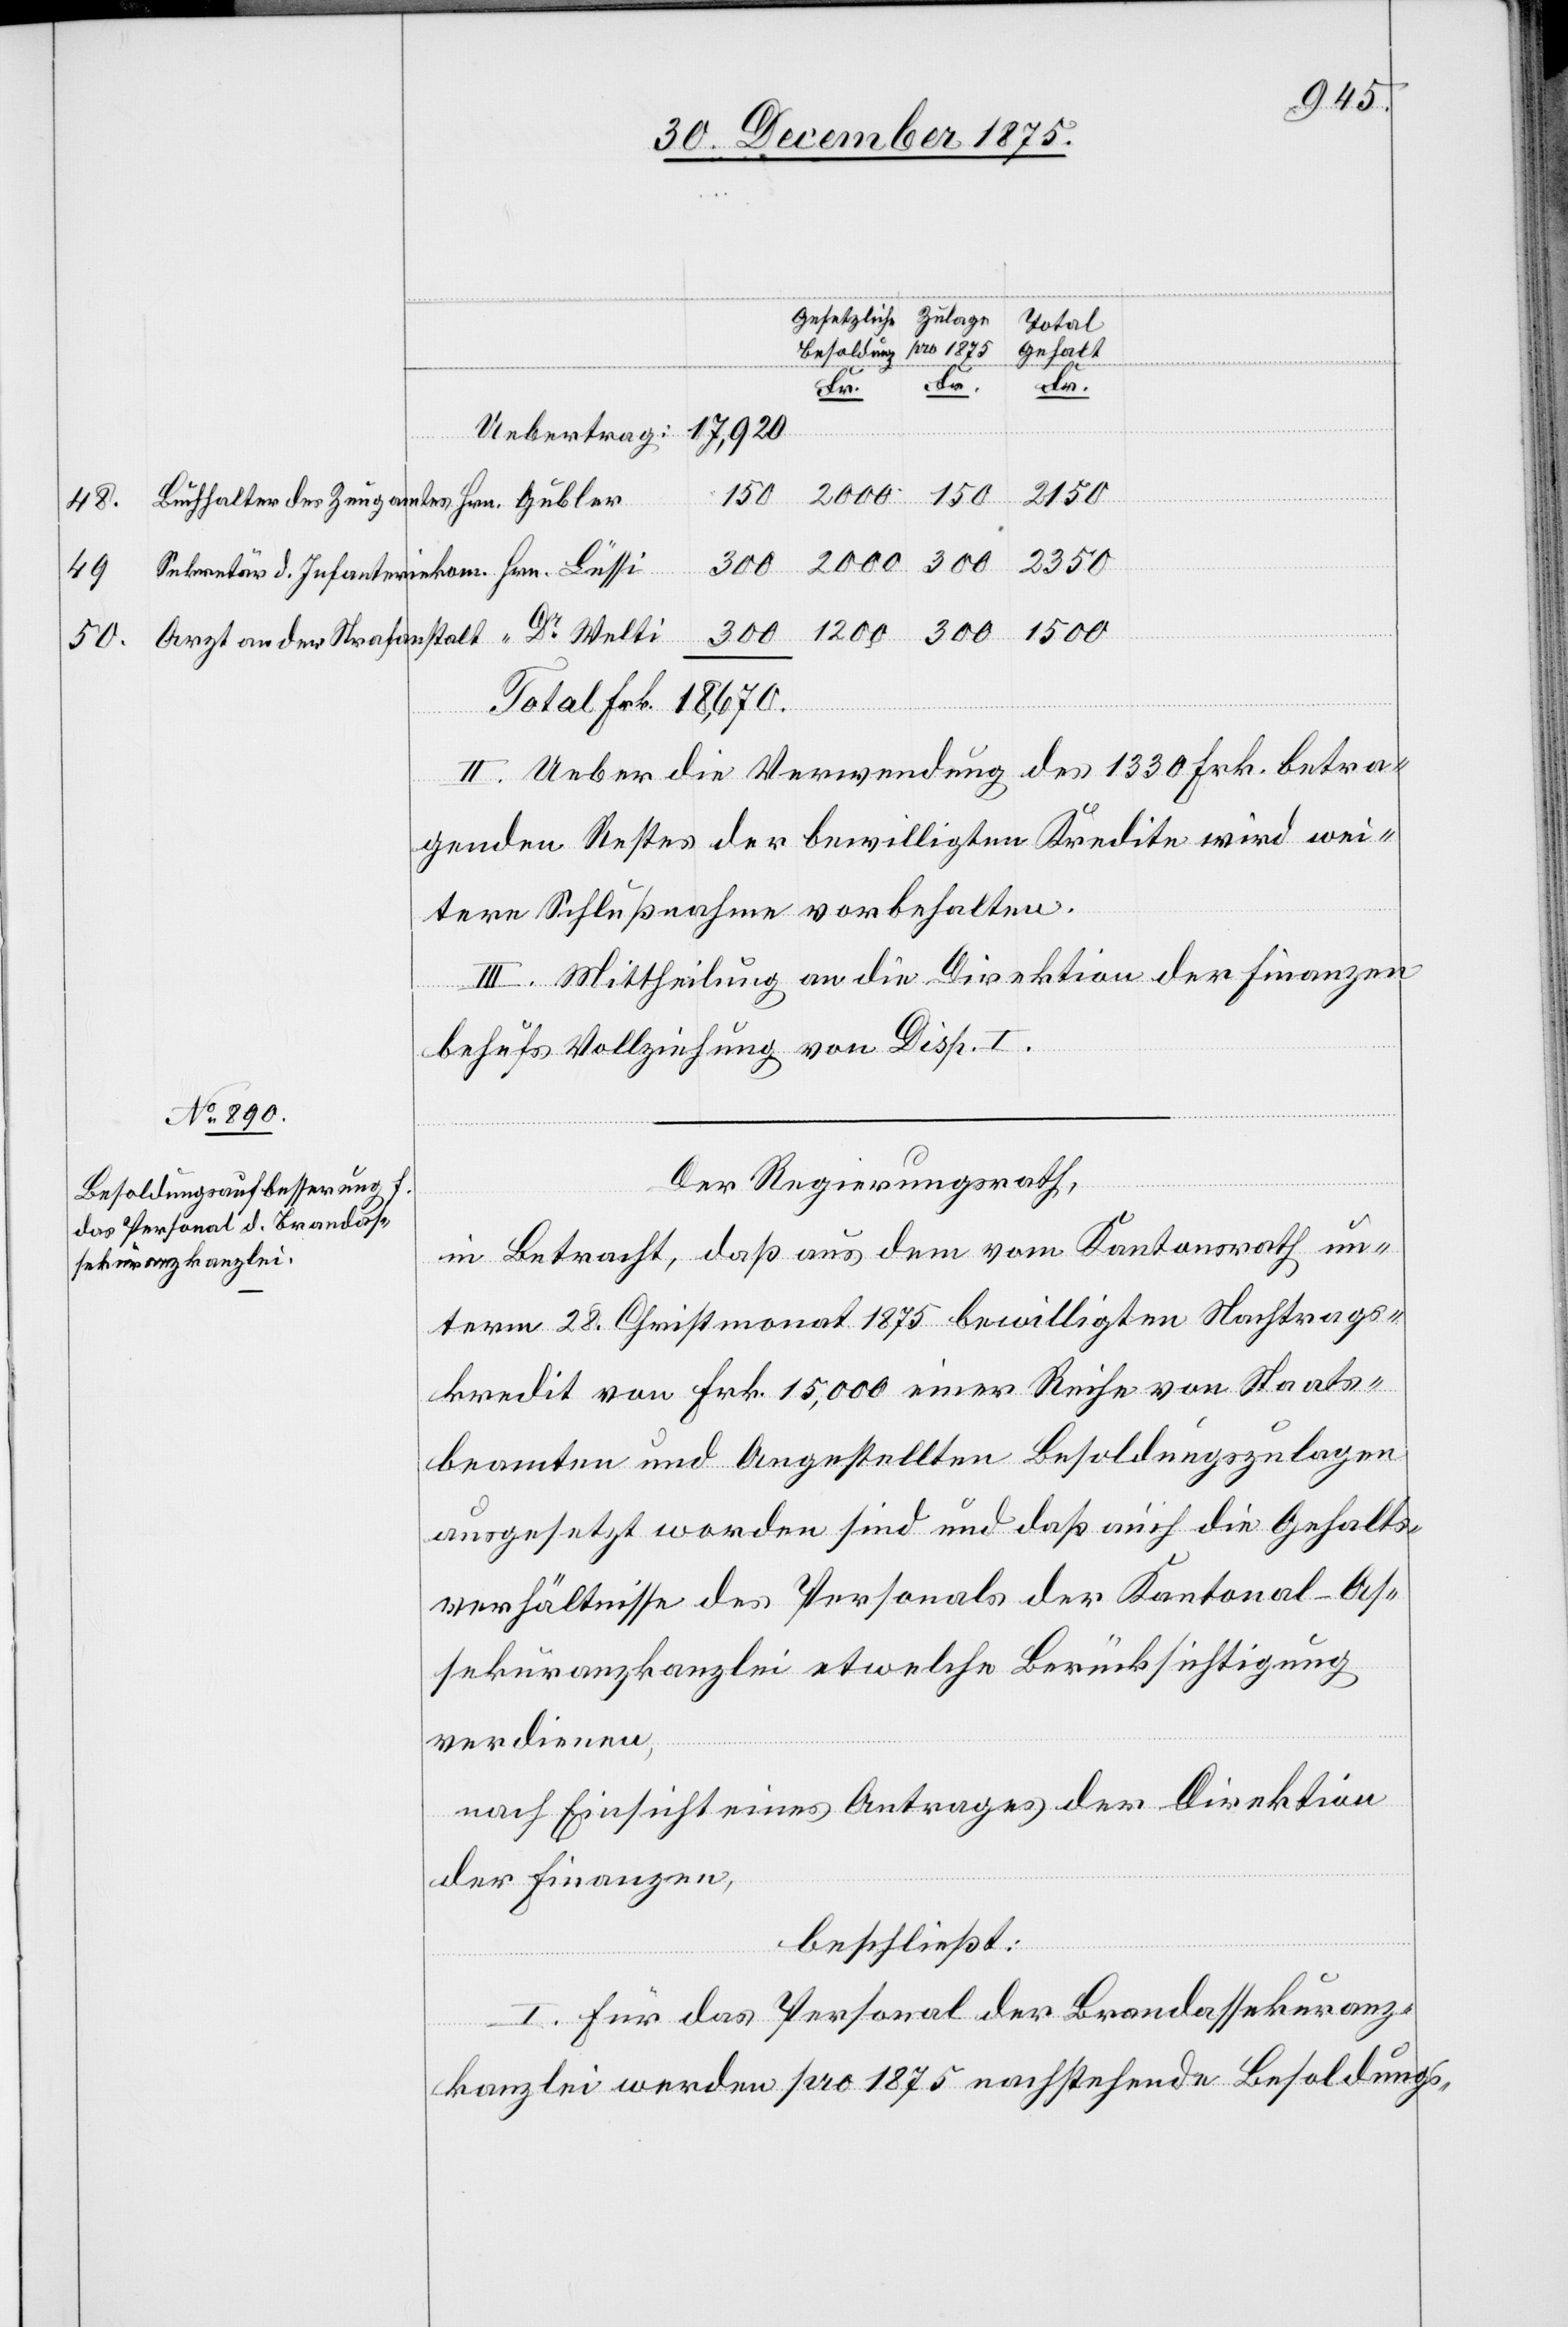
48.
1500
50.

2150
Total
l-gehalt
Frk.
kre¬
lti
300
Arzt an der Strafanstalt
II. Ueber die Verwendung des 1330 Frk. betra¬
genden Restes der bewilligten Kredite wird wei¬
tere Schlußnahme vorbehalten.
III. Mittheilung an die Direktion der Finanzen
behufs Vollziehung von Disp. I.
Der Regierungsrath,
in Betracht, daß aus dem vom Kantonsrath un¬
term 28. Christmonat 1875 bewilligten Nachtrags¬
kredit von Frk. 15,000 einer Reihe von Staats¬
beamten und Angestellten Besoldungszulagen
ausgesetzt worden sind und daß auch die Gehalts¬
verhältnisse des Personals der Kantonal-As¬
sekuranzkanzlei etwelche Berücksichtigung
verdienen,
nach Einsicht eines Antrages der Direktion
der Finanzen,
beschließt:
I. Für das Personal der Brandassekuranz¬
kanzlei werden pro 1875 nachstehende Besoldungs-